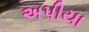
અપીયા